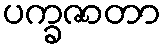
ပက္ခဇာတာ